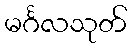
မင်္ဂလသုတ်